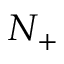
N _ { + }